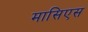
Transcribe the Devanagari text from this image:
मासिएस